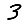
Digit: 3